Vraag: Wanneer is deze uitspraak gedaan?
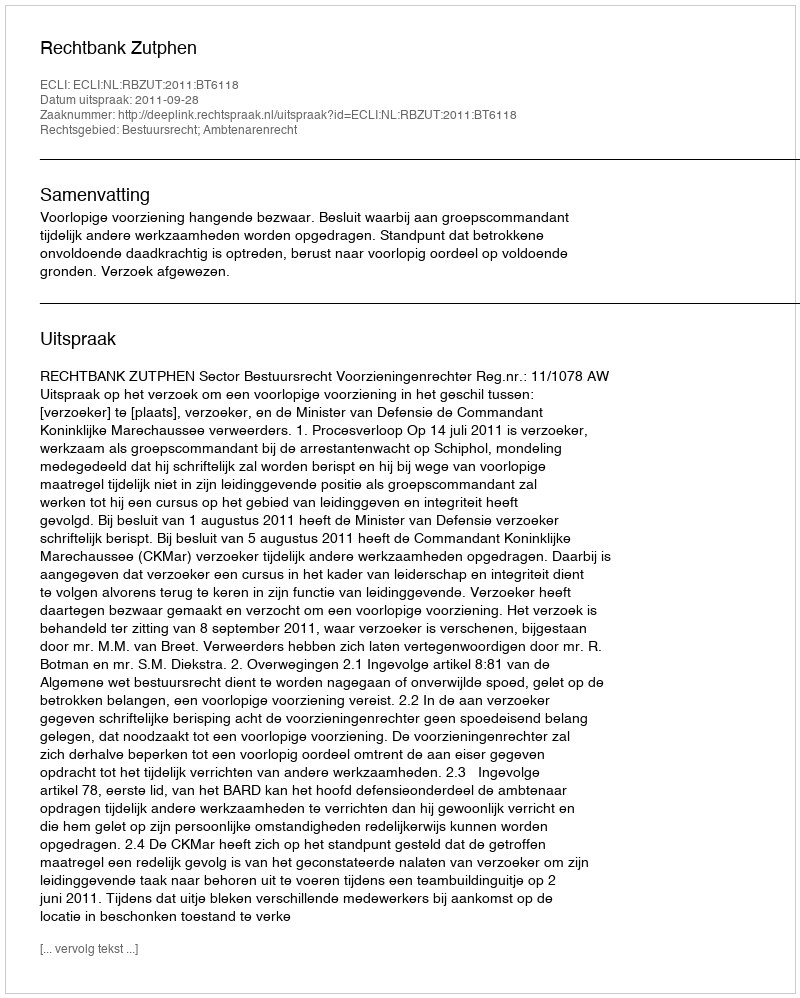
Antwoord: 2011-09-28